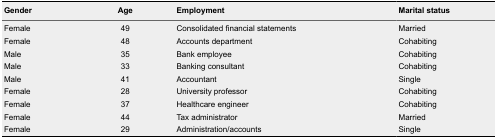
| Gender | Age | Employment | Marital status |
 | --- | --- | --- | --- |
 | Female | 49 | Consolidated financial statements | Married |
 | Female | 48 | Accounts department | Cohabiting |
 | Male | 35 | Bank employee | Cohabiting |
 | Male | 33 | Banking consultant | Cohabiting |
 | Male | 41 | Accountant | Single |
 | Female | 28 | University professor | Cohabiting |
 | Female | 37 | Healthcare engineer | Cohabiting |
 | Female | 44 | Tax administrator | Married |
 | Female | 29 | Administration/accounts | Single |